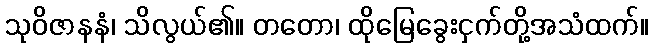
သုဝိဇာနနံ၊ သိလွယ်၏။ တတော၊ ထိုမြေခွေးငှက်တို့အသံထက်။